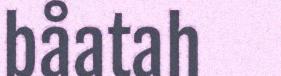
båatah